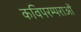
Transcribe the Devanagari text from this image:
कविपरम्पराओं